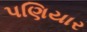
પણિયાર